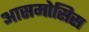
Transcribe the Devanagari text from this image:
आसमोसिस